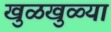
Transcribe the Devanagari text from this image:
खुळखुळ्या